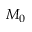
M _ { 0 }